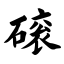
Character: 磙